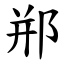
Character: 郱